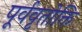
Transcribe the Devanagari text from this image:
पूर्ववृतोक्ति